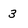
Character: 3